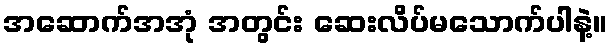
အဆောက်အအုံ အတွင်း ဆေးလိပ်မသောက်ပါနဲ့။